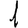
Digit: 1